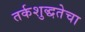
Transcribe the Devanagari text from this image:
तर्कशुद्धतेचा